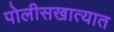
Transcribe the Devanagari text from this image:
पोलीसखात्यात